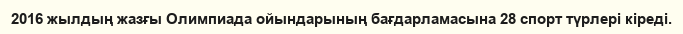
2016 жылдың жазғы Олимпиада ойындарының бағдарламасына 28 спорт түрлері кіреді.